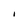
Character: I